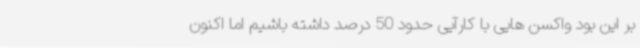
بر این بود واکسن هایی با کارآیی حدود 50 درصد داشته باشیم اما اکنون